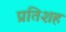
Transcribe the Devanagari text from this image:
प्रतिशह